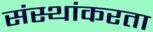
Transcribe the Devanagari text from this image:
संस्थांकरता